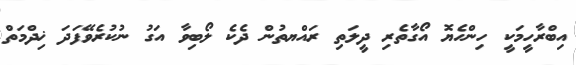
އިބްރާހީމަކީ ހިންހެޔޮ އޯގާތެރި ދީލަތި ރައްޔތުން ދެކެ ލޯބިވާ އަގު ނުކުރެވޭފަދަ ޚިދްމަތް